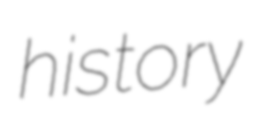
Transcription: history